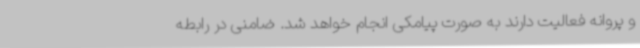
و پروانه فعالیت دارند به صورت پیامکی انجام خواهد شد. ضامنی در رابطه